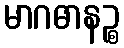
မာဂဓာနဉ္စ